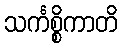
သင်္ကစ္စိကာတိ